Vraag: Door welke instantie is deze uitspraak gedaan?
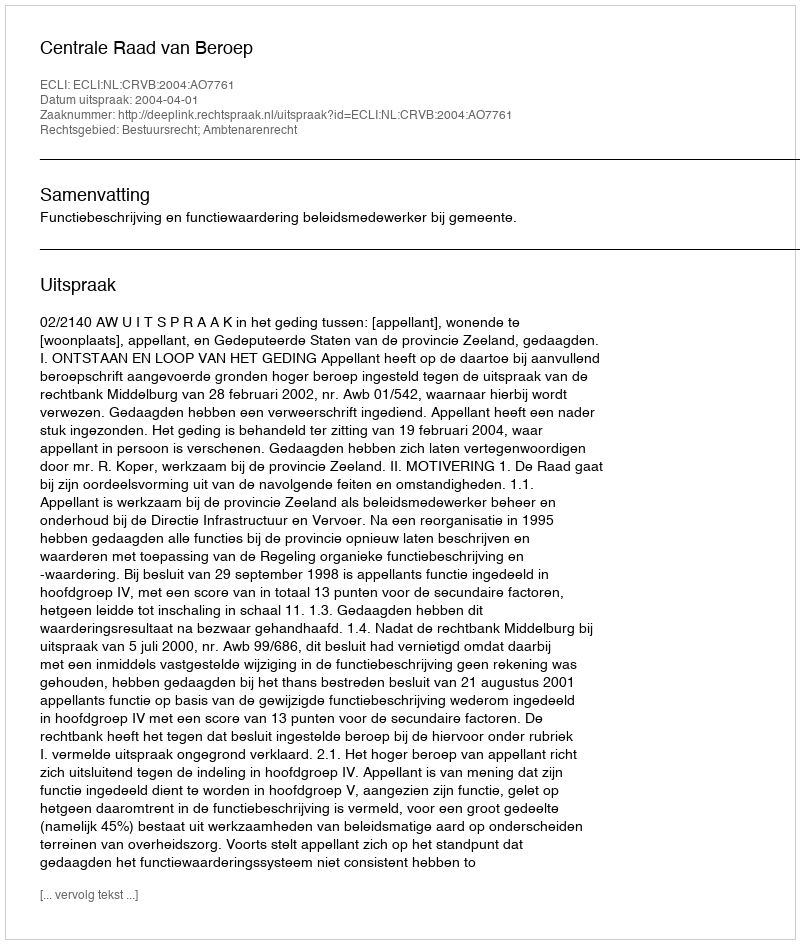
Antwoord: Centrale Raad van Beroep